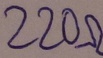
Text: 220Ω